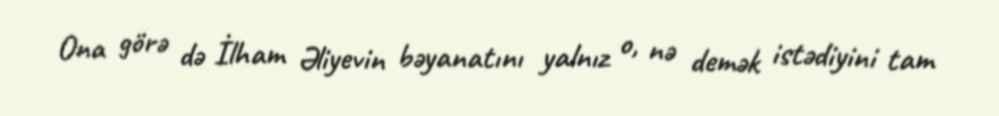
Ona görə də İlham Əliyevin bəyanatını yalnız o, nə demək istədiyini tam